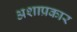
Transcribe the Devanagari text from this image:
अशाप्रकार